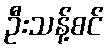
ဦးသန့်စင်